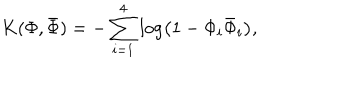
LaTeX: K ( \Phi , { \bar { \Phi } } ) = - \sum _ { i = 1 } ^ { 4 } \log \left( 1 - \Phi _ { i } { \bar { \Phi } } _ { i } \right) ,